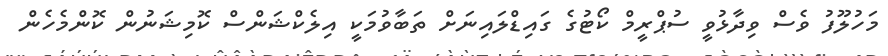
މަހުލޫފު ވެސް ވިދާޅުވީ ސުޕްރީމް ކޯޓުގެ ގައިޑްލައިނަށް ތަބާވުމަކީ އިލެކްޝަންސް ކޮމިޝަނުން ކޮންމެހެން